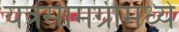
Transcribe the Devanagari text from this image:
यंत्रसामग्रीमध्ये